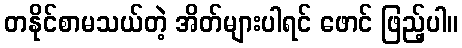
တနိုင်စာမသယ်တဲ့ အိတ်များပါရင် ဖောင် ဖြည့်ပါ။